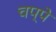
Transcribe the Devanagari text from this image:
चप्पे